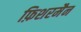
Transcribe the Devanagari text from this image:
फ़िशरमैन